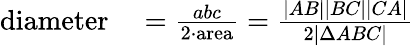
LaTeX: \begin{array}{rl}{{\mathrm{diameter}}}&{{}{}={\frac{abc}{2\cdot{\mathrm{area}}}}={\frac{|AB||BC||CA|}{2|\Delta ABC|}}}\end{array}